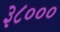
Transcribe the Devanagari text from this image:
३८०००